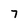
Character: 7